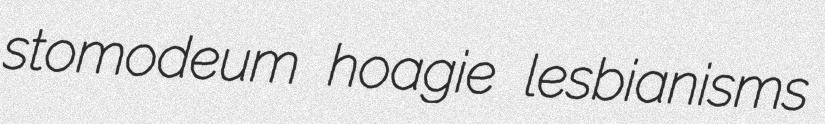
stomodeum hoagie lesbianisms